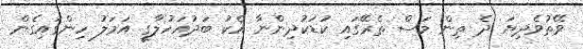
ވޭތުވެދިޔަ ދެ ތިން މަސް ތެރޭގައި ކުޑަކުދިންނާ އެކު ބަދުއަހުލާގީ އަމަލު ހިންގައިގެން